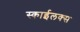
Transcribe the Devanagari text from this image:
स्काईलक्स